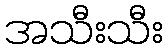
အသီးသီး